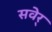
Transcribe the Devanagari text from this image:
सवेर्